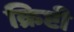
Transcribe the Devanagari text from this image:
क्रिप्टी